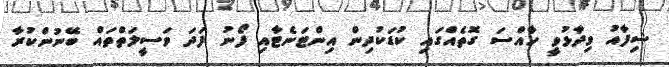
ޝިފާއު ވިދާޅުވީ ހާއްސަ ގޮތެއްގައި ކުޑަކުދިން އިންޓަނެޓާއި ފޯނު ފަދަ ވަސީލަތްތައް ބޭނުންކުރާ